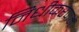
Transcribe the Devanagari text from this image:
निधीकरणमें